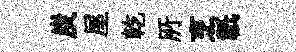
炭屋乾𠩄烹祇